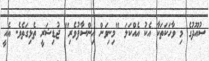
ސުއޫދުގެ މި ވާހަކަތަކާ އެކު އެއްކަލަ "މިނިވަން އިންސާފުވެރި" ޖުޑިޝަރީ ތެޅިގަތެވެ. އެއީ